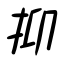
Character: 抑